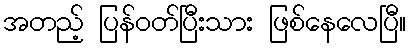
အတည့် ပြန်ဝတ်ပြီးသား ဖြစ်နေလေပြီ။